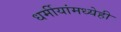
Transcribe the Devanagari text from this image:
धर्मीयांमध्येही